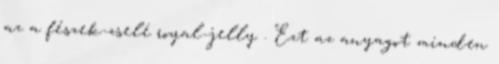
az a fészek-zselé royal-jelly . Ezt az anyagot minden